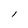
Character: l